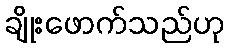
ချိုးဖောက်သည်ဟု